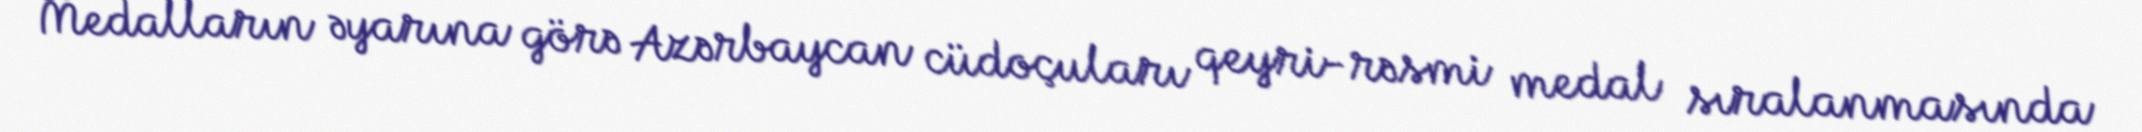
Medalların əyarına görə Azərbaycan cüdoçuları qeyri-rəsmi medal sıralanmasında